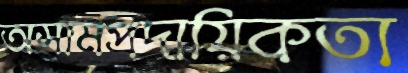
অসামপ্রদায়িকতা